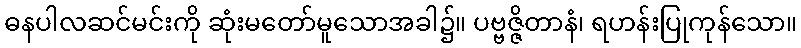
ဓနပါလဆင်မင်းကို ဆုံးမတော်မူသောအခါ၌။ ပဗ္ဗဇ္ဇိတာနံ၊ ရဟန်းပြုကုန်သော။